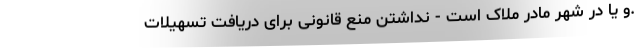
.و یا در شهر مادر ملاک است - نداشتن منع قانونی برای دریافت تسهیلات